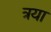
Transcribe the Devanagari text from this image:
त्रया